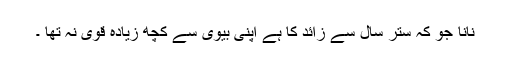
نانا جو کہ ستر سال سے زائد کا ہے اپنی بیوی سے کچھ زیادہ قوی نہ تھا ۔